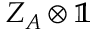
Z _ { A } \otimes \mathbb { 1 }